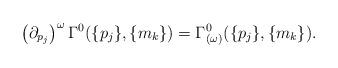
LaTeX: \begin{align*}\left( {\partial }_{p_j}\right) ^\omega \Gamma ^0(\{p_j\},\{m_k\})=\Gamma_{(\omega )}^0(\{p_j\},\{m_k\}).\end{align*}